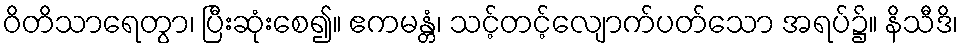
ဝိတိသာရေတွာ၊ ပြီးဆုံးစေ၍။ ဧကမန္တံ၊ သင့်တင့်လျောက်ပတ်သော အရပ်၌။ နိသီဒိ၊